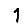
Digit: 1